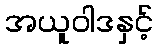
အယူဝါဒနှင့်